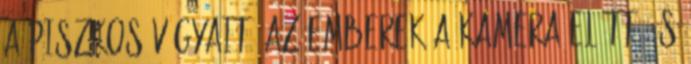
a piszkos vágyait, az emberek a kamera előtt, és